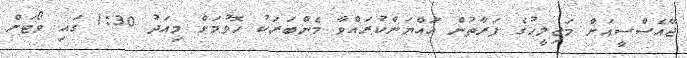
ޖޭއެސްސީއަށް މަޖިލީހުގެ ފަރާތުން އައްޔަންކުރައްވާ މެންބަރަކު ހޮވުމަށް މިއަދު 1:30 ގައި ވޯޓަށް